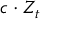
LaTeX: c \cdot Z _ { t }